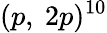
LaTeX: (p,~2p)^{10}